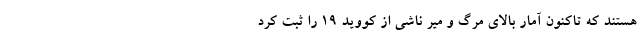
هستند که تاکنون آمار بالای مرگ‌ و میر ناشی از کووید ۱۹ را ثبت کرد